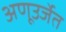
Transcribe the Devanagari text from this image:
अणूउर्जेत